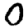
Digit: 0